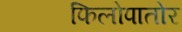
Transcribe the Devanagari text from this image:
फिलोपातोर